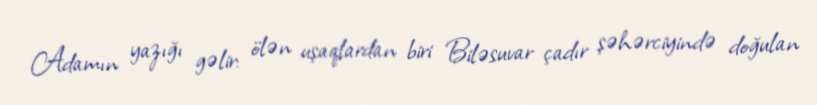
Adamın yazığı gəlir: ölən uşaqlardan biri Biləsuvar çadır şəhərciyində doğulan